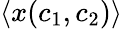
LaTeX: \langle x(c_{1},c_{2})\rangle